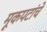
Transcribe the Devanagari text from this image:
मूकपटांचे